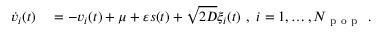
\begin{array} { r l } { \dot { v } _ { i } ( t ) } & { { } = - v _ { i } ( t ) + \mu + \varepsilon s ( t ) + \sqrt { 2 D } \xi _ { i } ( t ) \ , \ i = 1 , \ldots , N _ { \mathrm { ~ p ~ o ~ p ~ } } \ . } \end{array}